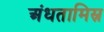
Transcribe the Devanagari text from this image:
अंधतामिस्र